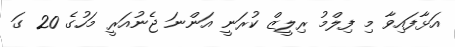
އަޅާފައިވާ މި ފިލްމު ރިލީޒް ކުރަނީ އަންނަ ޖެނުއަރީ މަހުގެ 20 ގަ